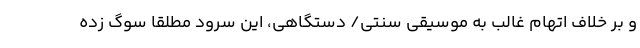
و بر خلاف اتهام غالب به موسیقی سنتی/ دستگاهی، این سرود مطلقا سوگ زده